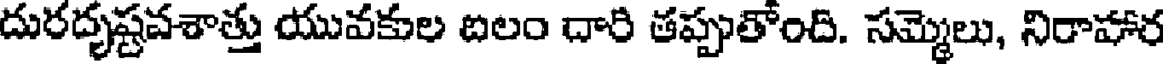
దురదృష్టవశాత్తు యువకుల బలం దారి తప్పుతోంది. సమ్మెలు, నిరాహార